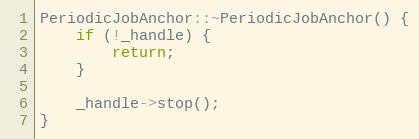
Language: C++
PeriodicJobAnchor::~PeriodicJobAnchor() {
    if (!_handle) {
        return;
    }

    _handle->stop();
}